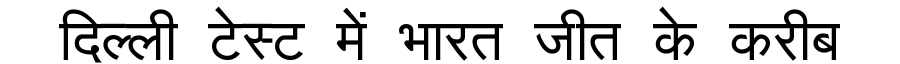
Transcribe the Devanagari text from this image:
दिल्ली टेस्ट में भारत जीत के करीब